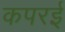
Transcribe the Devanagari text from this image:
कपरई